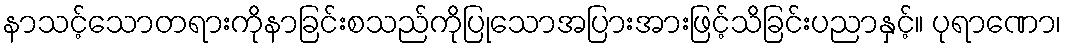
နာသင့်သောတရားကိုနာခြင်းစသည်ကိုပြုသောအပြားအားဖြင့်သိခြင်းပညာနှင့်။ ပုရာဏော၊